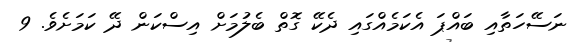
ނަސޭހަތާއި ބައްޕަ އެކަމެއްގައި ދެކޭ ގޮތް ބެލުމަށް އިސްކަން ދޭ ކަމަށެވެ. 9